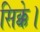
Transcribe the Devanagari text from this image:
सिक्के।